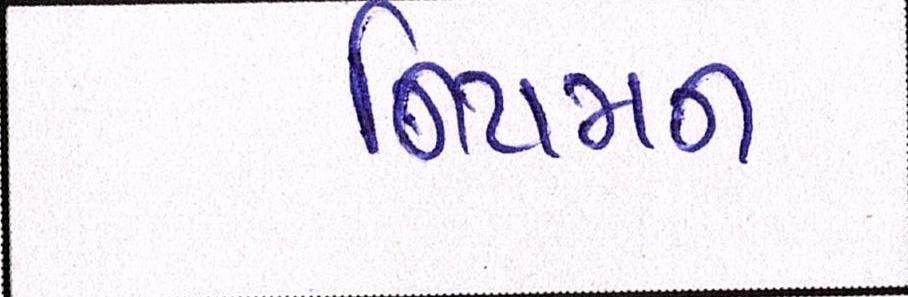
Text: નિયમન